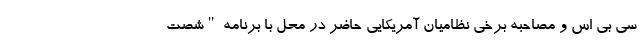
سی بی اس و مصاحبه برخی نظامیان آمریکایی حاضر در محل با برنامه "شصت